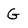
Character: G